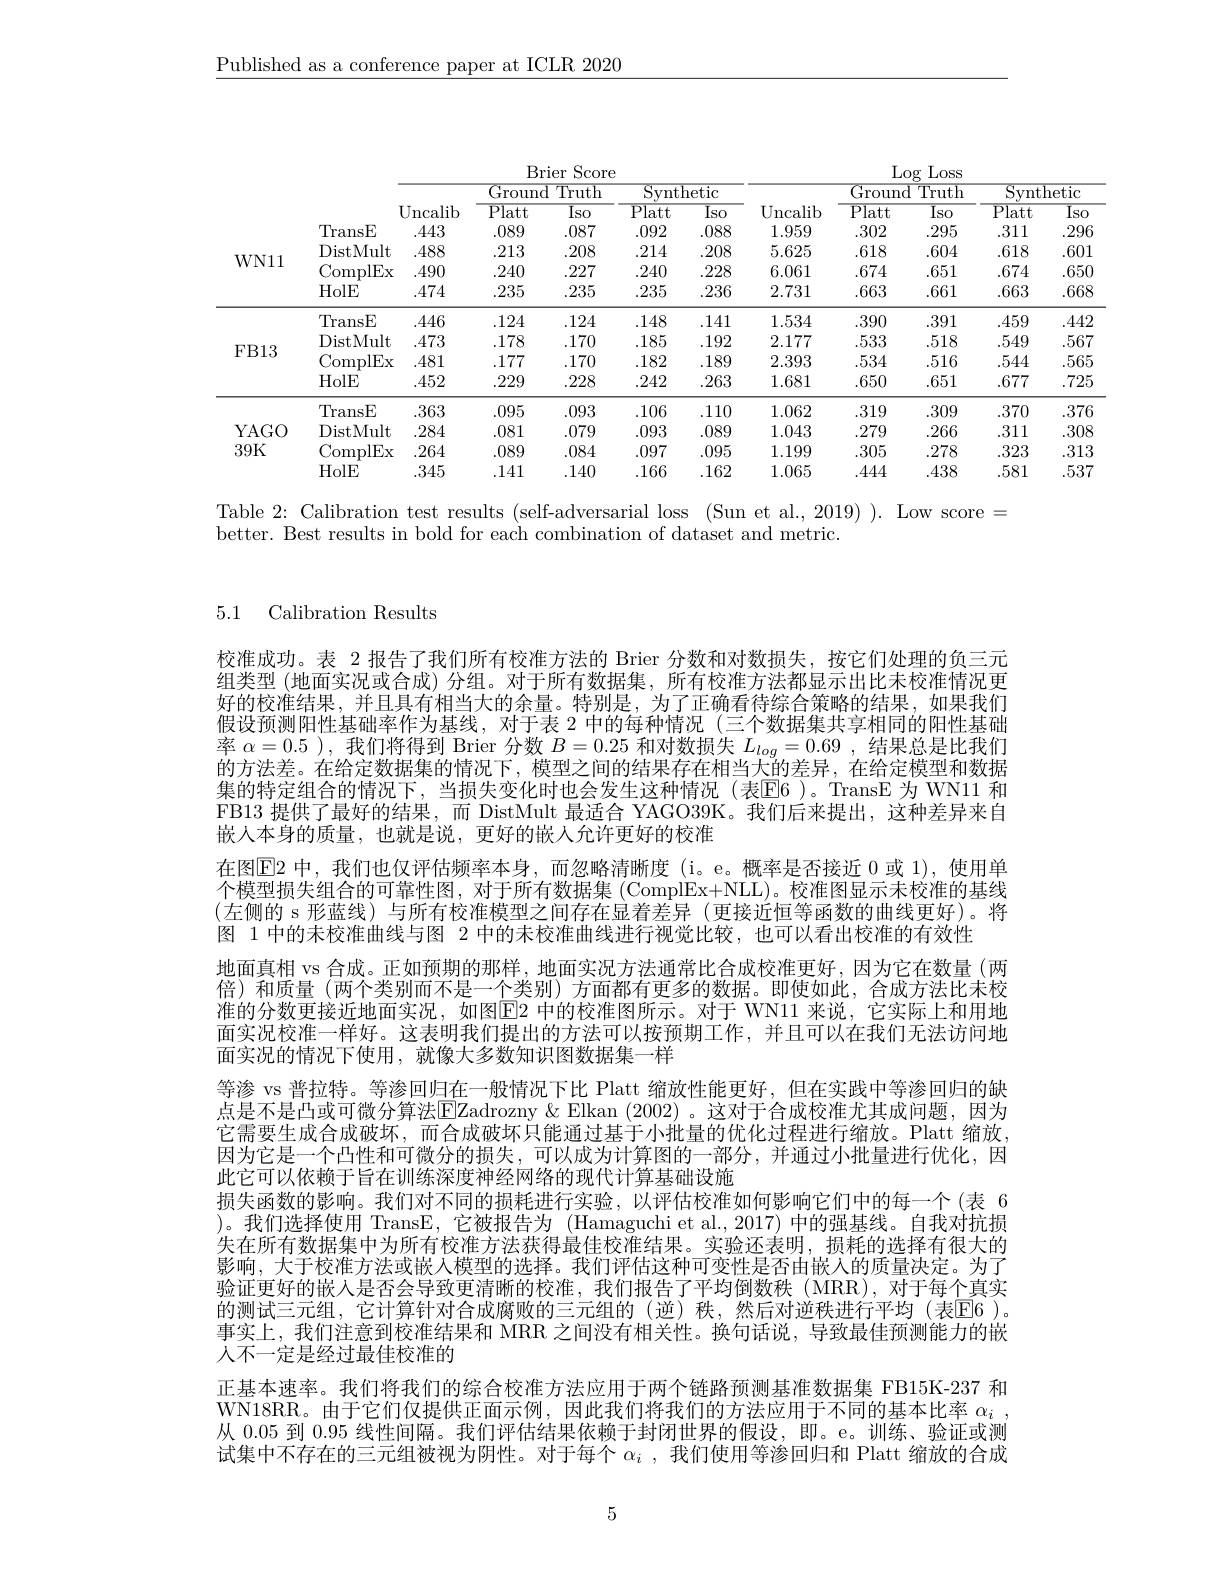
$\underline{\text{Published as a conference paper at ICLR 2020}}$

<table>
	<tbody>
		<tr>
			<th rowspan="6">WN11</th>
			<th> </th>
			<th> </th>
			<th colspan="2">Ground Truth</th>
			<th colspan="2">Svnthetic</th>
			<th rowspan="2">Uncalib</th>
			<th colspan="2">Ground Truth </th>
			<th colspan="2">Svnthetic</th>
		</tr>
		<tr>
			<th> </th>
			<th>Uncalib</th>
			<th>$\overline{\mathrm{Platt}}$</th>
			<th>Iso</th>
			<th>$\overline{\mathrm{Platt}}$</th>
			<th>$\overline{\mathrm{Iso}}$</th>
			<th>$\overline{\mathrm{Platt}}$</th>
			<th>Iso</th>
			<th>$\overline{\mathrm{Platt}}$</th>
			<th>ISC</th>
		</tr>
		<tr>
			<th>TransE</th>
			<th>.443</th>
			<th>.089</th>
			<th>.087</th>
			<th>.092</th>
			<th>.088</th>
			<th>1.959</th>
			<th>.302</th>
			<th>.295</th>
			<th>.311</th>
			<th>29</th>
		</tr>
		<tr>
			<td>DistMult</td>
			<td>.488</td>
			<td>.213</td>
			<td>.208</td>
			<td>.214</td>
			<td>.208</td>
			<td>5.625</td>
			<td>.618</td>
			<td>.604</td>
			<td>.618</td>
			<td>.60</td>
		</tr>
		<tr>
			<td>ComplEx</td>
			<td>.490</td>
			<td>.240</td>
			<td>.227</td>
			<td>.240</td>
			<td>.228</td>
			<td>6.061</td>
			<td>.674</td>
			<td>.651</td>
			<td>674</td>
			<td>65</td>
		</tr>
		<tr>
			<td>HolE</td>
			<td>474</td>
			<td>.235</td>
			<td>.235</td>
			<td>.235</td>
			<td>.236</td>
			<td>2.731</td>
			<td>.663</td>
			<td>.661</td>
			<td>.663</td>
			<td>.66</td>
		</tr>
		<tr>
			<td rowspan="4">$FB13$</td>
			<td>TransE</td>
			<td>.446</td>
			<td>.124</td>
			<td>.124</td>
			<td>.148</td>
			<td>.141</td>
			<td>1.534</td>
			<td>.390</td>
			<td>.391</td>
			<td>.459</td>
			<td>.44</td>
		</tr>
		<tr>
			<td>DistMult</td>
			<td>.473</td>
			<td>.178</td>
			<td>.170</td>
			<td>.185</td>
			<td>.192</td>
			<td>2.177</td>
			<td>533</td>
			<td>518</td>
			<td>.549</td>
			<td>.56</td>
		</tr>
		<tr>
			<td>ComplEx</td>
			<td>481</td>
			<td>177</td>
			<td>.170</td>
			<td>.182</td>
			<td>189</td>
			<td>2.393</td>
			<td>.534</td>
			<td>.516</td>
			<td>544</td>
			<td>.56</td>
		</tr>
		<tr>
			<td>HolE</td>
			<td>.452</td>
			<td>.229</td>
			<td>.228</td>
			<td>.242</td>
			<td>.263</td>
			<td>1.681</td>
			<td>.650</td>
			<td>.651</td>
			<td>.677</td>
			<td>.72</td>
		</tr>
		<tr>
			<td rowspan="4">YAGO 39K</td>
			<td>TransE</td>
			<td>363</td>
			<td>.095</td>
			<td>.093</td>
			<td>.106</td>
			<td>.110</td>
			<td>1.062</td>
			<td>319</td>
			<td>309</td>
			<td>.370</td>
			<td>37 </td>
		</tr>
		<tr>
			<td>DistMult</td>
			<td>.284</td>
			<td>.081</td>
			<td>.079</td>
			<td>.093</td>
			<td>.089</td>
			<td>1.043</td>
			<td>.279</td>
			<td>.266</td>
			<td>.311</td>
			<td>30</td>
		</tr>
		<tr>
			<td>ComplEx</td>
			<td>264</td>
			<td>.089</td>
			<td>.084</td>
			<td>.097</td>
			<td>.095</td>
			<td>1.199</td>
			<td>.305</td>
			<td>.278</td>
			<td>.323</td>
			<td>.31</td>
		</tr>
		<tr>
			<td>HolE</td>
			<td>345</td>
			<td>.141</td>
			<td>.140</td>
			<td>.166</td>
			<td>.162</td>
			<td>1.065</td>
			<td>.444</td>
			<td>.438</td>
			<td>581</td>
			<td>53</td>
		</tr>
	</tbody>
</table>

Table 2: Calibration test results (self-adversarial loss (Sun et al.,2019) ). Low score =

better. Best results in bold for each combination of dataset and metric.

5.1 Calibration Results

校准成功。表 2 报告了我们所有校准方法的 Brier 分数和对数损失，按它们处理的负三元组类型 (地面实况或合成) 分组。对于所有数据集，所有校准方法都显示出比未校准情况更好的校准结果，并且具有相当大的余量。特别是，为了正确看待综合策略的结果，如果我们假设预测阳性基础率作为基线，对于表 2 中的每种情况(三个数据集共享相同的阳性基础率$\alpha=0.5$ ),我们将得到 Brier 分数$B=0.25$和对数损失$L_log=0.69$,结果总是比我们的方法差。在给定数据集的情况下，模型之间的结果存在相当大的差异，在给定模型和数据集的特定组合的情况下，当损失变化时也会发生这种情况(表$\overline{\mathrm{E}}$6)。TransE 为 WN11 和FB13 提供了最好的结果，而 DistMult 最适合 YAGO39K。我们后来提出，这种差异来自嵌人本身的质量，也就是说，更好的嵌人允许更好的校准
在图$\overline{\mathrm{E}}$2 中，我们也仅评估频率本身，而忽略清晰度(i。e。概率是否接近 0 或 1),使用单个模型损失组合的可靠性图，对于所有数据集 (ComplEx+NLL)。校准图显示未校准的基线(左侧的 s 形蓝线) 与所有校准模型之间存在显着差异 (更接近恒等函数的曲线更好)。将图 1 中的末校准曲线与图 2 中的未校准曲线进行视觉比较，也可以看出校准的有效性
地面真相 vs 合成。正如预期的那样，地面实况方法通常比合成校准更好，因为它在数量(两倍)和质量(两个类别而不是一个类别)方面都有更多的数据。即使如此，合成方法比未校准的分数更接近地面实况，如图$\overline{\mathrm{E}}$2 中的校准图所示。对于 WN11 来说，它实际上和用地面实况校准一样好。这表明我们提出的方法可以按预期工作，并且可以在我们无法访问地面实况的情况下使用，就像大多数知识图数据集一样
等渗 vs 普拉特。等渗回归在一般情况下比 Platt 缩放性能更好，但在实践中等渗回归的缺点是不是凸或可微分算法$\overline{\mathrm{E}}$Zadrozny & Elkan (2002)。这对于合成校准尤其成问题，因为它需要生成合成破坏，而合成破坏只能通过基于小批量的优化过程进行缩放。Platt 缩放， 因为它是一个凸性和可微分的损失，可以成为计算图的一部分，并通过小批量进行优化，因此它可以依赖于旨在训练深度神经网络的现代计算基础设施
损失函数的影响。我们对不同的损耗进行实验，以评估校准如何影响它们中的每一个(表 6 )。我们选择使用 TransE,它被报告为 (Hamaguchi et al.,2017) 中的强基线。自我对抗损失在所有数据集中为所有校准方法获得最佳校准结果。实验还表明，损耗的选择有很大的影响，大于校准方法或嵌人模型的选择。我们评估这种可变性是否由嵌人的质量决定。为了验证更好的嵌人是否会导致更清晰的校准，我们报告了平均倒数秩(MRR),对于每个真实的测试三元组，它计算针对合成腐败的三元组的(逆)秩，然后对逆秩进行平均(表E6 )。事实上，我们注意到校准结果和 MRR 之间没有相关性。换句话说，导致最佳预测能力的嵌人不一定是经过最佳校准的
正基本速率。我们将我们的综合校准方法应用于两个链路预测基准数据集 FB15K-237 和WN18RR。由于它们仅提供正面示例，因此我们将我们的方法应用于不同的基本比率$\alpha_i$ , 从0.05到0.95线性间隔。我们评估结果依赖于封闭世界的假设，即。e。训练、验证或测试集中不存在的三元组被视为阴性。对于每个 $\alpha _i$ , 我 们 使 用 等 渗 回 归 和 Platt 缩放的合成

5